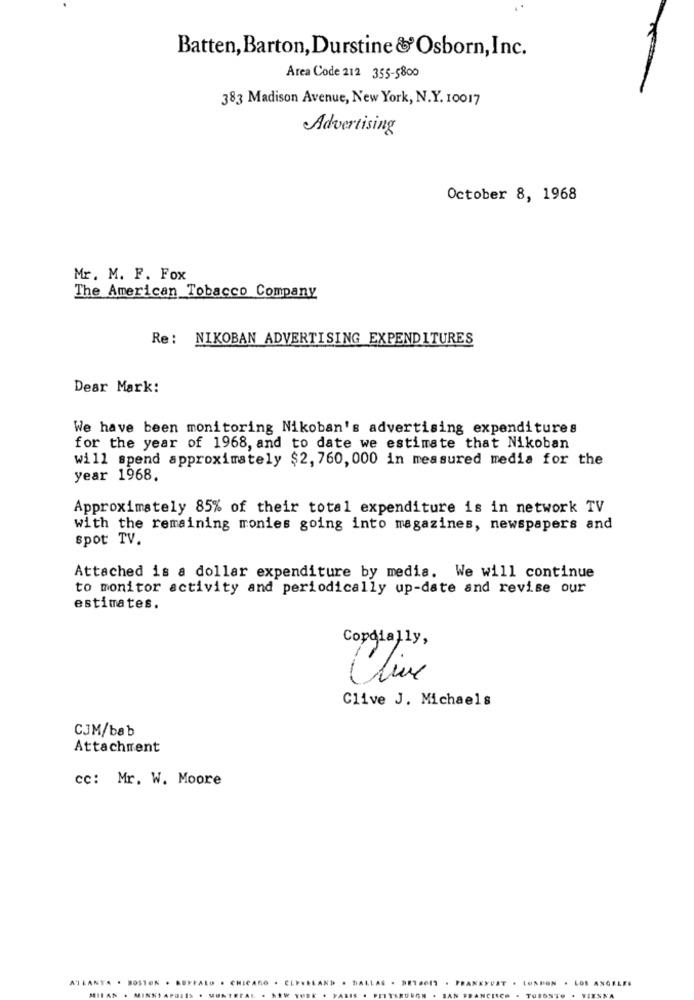
Batten, Barton,Durstine&Osborn,Inc.
Area Code 212 355-5800
383 Madison Avenue, New York, N.Y. 10017
Advertising
October 8, 1968
Mr. M. F. Fox
The American Tobacco Company
Re: NIKOBAN ADVERTISING EXPENDITURES
Dear Mark:
We have been monitoring Nikoban's advertising expenditures
for the year of 1968, and to date we estimate that Nikoban
will spend approximately $2, 760, 000 in measured media for the
year 1968.
Approximately 85% of their total expenditure is in network TV
with the remaining monies going into magazines, newspapers and
spot TV.
Attached is a dollar expenditure by media. We will continue
to monitor activity and periodically up-date and revise our
estimates.
Cordially,
Clive
Clive J. Michaels
CJM/bab
Attachment
cc: Mr. W. Moore
ATLANTA . BOSTON . BUYFALO . C
VAT .
LONDON
LOS ANGELES